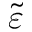
\tilde { \varepsilon }